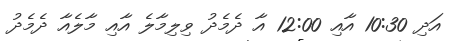
އަދި 10:30 އާއި 12:00 އާ ދެމެދު ވިލިމާލެ އާއި މާލެއާ ދެމެދު